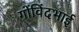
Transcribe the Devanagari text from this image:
गोंविंदभाई